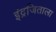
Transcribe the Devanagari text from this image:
इंद्रजिताला